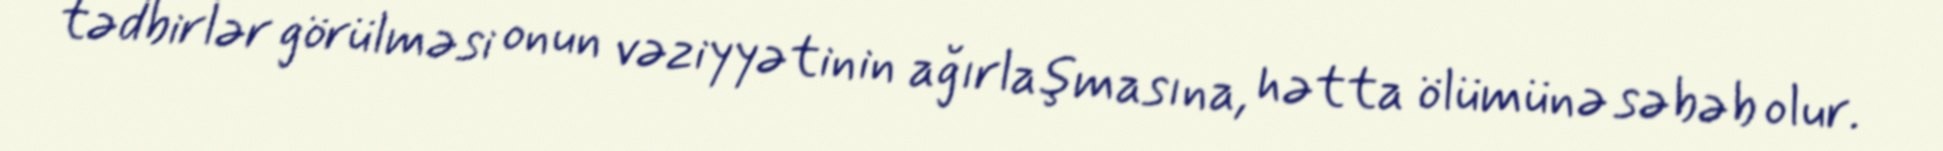
tədbirlər görülməsi onun vəziyyətinin ağırlaşmasına, hətta ölümünə səbəb olur.